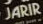
JARIR